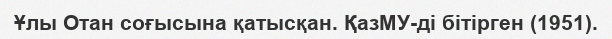
Ұлы Отан соғысына қатысқан. ҚазМУ-ді бітірген (1951).